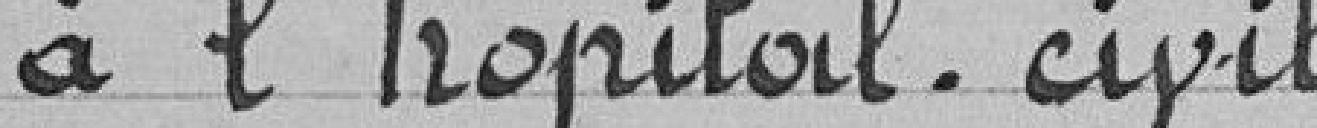
à l'hôpital. civil